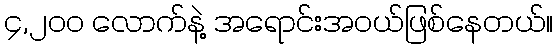
၄,၂၀၀ လောက်နဲ့ အရောင်းအဝယ်ဖြစ်နေတယ်။